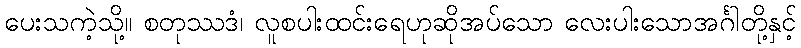
ပေးသကဲ့သို့။ စတုဿဒံ၊ လူစပါးထင်းရေဟုဆိုအပ်သော လေးပါးသောအင်္ဂါတို့နှင့်